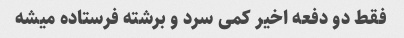
فقط دو دفعه اخیر کمی سرد و برشته فرستاده میشه